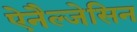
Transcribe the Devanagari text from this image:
ऐनैल्जेसिन